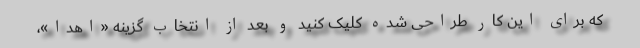
که برای این کار طراحی شده کلیک کنید و بعد از انتخاب گزینه «اهدا»،